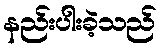
နည်းပါးခဲ့သည်